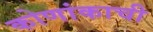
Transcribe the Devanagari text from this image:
कोणांकाची